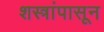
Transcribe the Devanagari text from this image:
शस्त्रांपासून